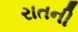
રાતની